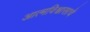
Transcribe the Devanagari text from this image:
आत्मविश्वासाचे